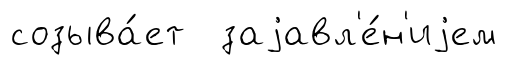
созыва́ет заjавл'е́н'иjем